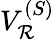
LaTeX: V_{\mathcal{R}}^{(S)}